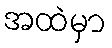
အထဲမှာ